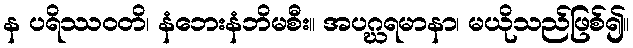
န ပရိဿဝတိ၊ နံဘေးနံဘိမစီး။ အပဂ္ဃရမာနာ၊ မယိုသည်ဖြစ်၍။